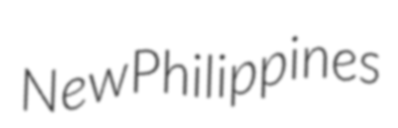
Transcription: New Philippines